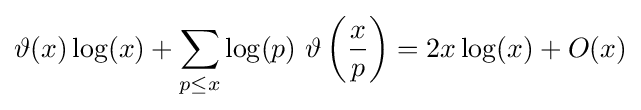
\vartheta (x)\log(x)+\sum \limits _{p\leq x}{\log(p)}\ \vartheta \left({\frac {x}{p}}\right)=2x\log(x)+O(x)